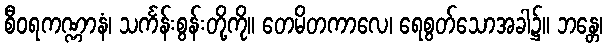
စီဝရကဏ္ဏာနံ၊ သင်္ကန်းစွန်းတို့ကို။ တေမိတကာလေ၊ ရေစွတ်သောအခါ၌။ ဘန္တေ၊